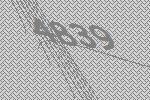
4839